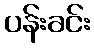
ပန်းခင်း